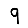
Digit: 9